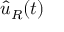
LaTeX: { \hat { u } } _ { R } ( t )